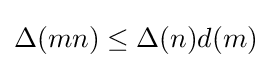
\Delta (mn)\leq \Delta (n)d(m)